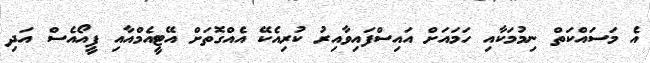
އެ މަސައްކަތް ނިމުމަކާއި ހަމައަށް އައިސްފައިވާއިރު ކުރިއެކޭ އެއްގޮތަށް އޭޓީއެމްއާއި ޕީއޯއެސް އަދި